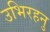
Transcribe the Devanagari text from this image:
उभिरहनु